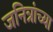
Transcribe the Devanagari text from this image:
जनित्रांच्या